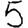
Digit: 5